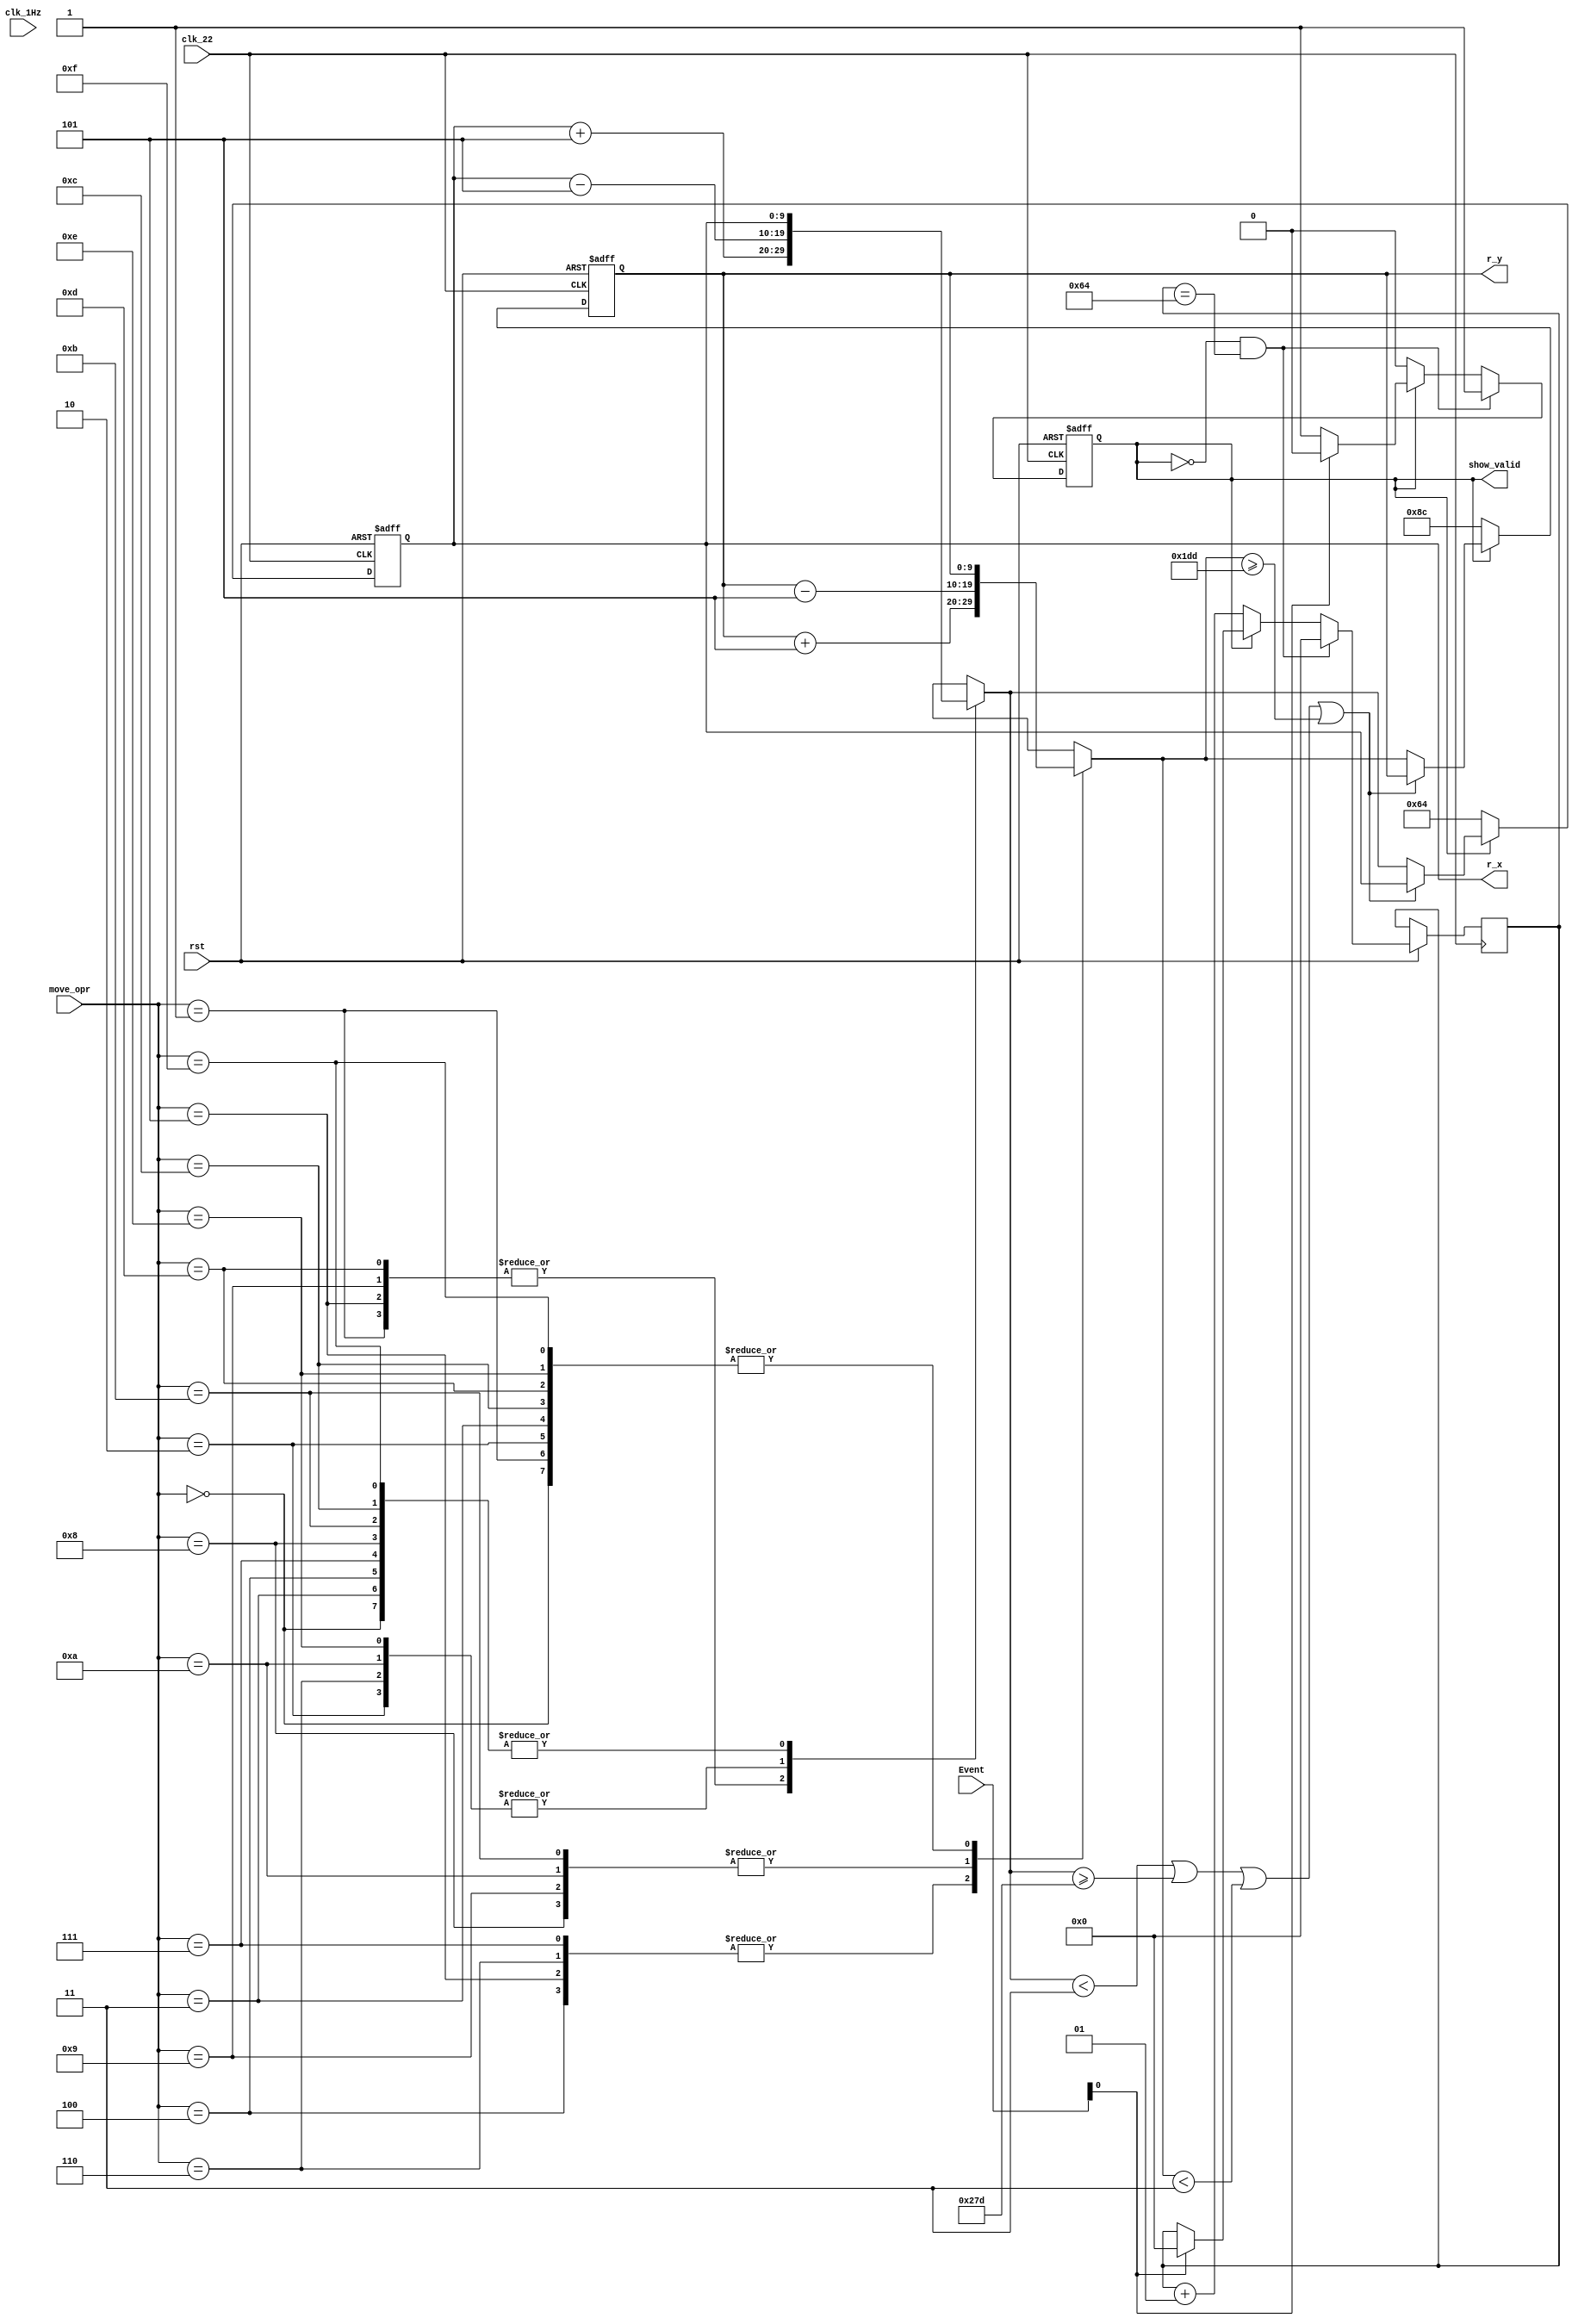
`timescale 1ns / 1ps
//////////////////////////////////////////////////////////////////////////////////
// Company: 
// Engineer: 
// 
// Design Name: 
// Module Name: Dragon_move
// Project Name: 
// Target Devices: 
// Tool Versions: 
// Description: 
// 
// Dependencies: 
// 
// Revision:
// Revision 0.01 - File Created
// Additional Comments:
// 
//////////////////////////////////////////////////////////////////////////////////


module Robot_move(clk_1Hz, clk_22, rst, r_x, r_y, move_opr, show_valid, Event);
input clk_22, clk_1Hz, rst;
input [3:0]move_opr;
input [1:0]Event; // d, r die
output reg [9:0]r_x, r_y; // now poition, with left up
output reg show_valid;

reg alive = 1; // 1: alive, 0: dead 
integer cd_cnt; // 10 sec;
reg reborn_sign;
reg [9:0]tar_x = 10'd80;
reg [9:0]tar_y = 10'd420;
reg [9:0]r_nxt_x, r_nxt_y;

// from right up to down left
always @* begin  
    show_valid = alive;
end

always @*
    case(move_opr) // up, down, left, right
        4'b0000: begin r_nxt_x = r_x; r_nxt_y = r_y; end
        4'b0001: begin r_nxt_x = r_x + 10'd5; r_nxt_y = r_y; end
        4'b0010: begin r_nxt_x = r_x - 10'd5; r_nxt_y = r_y; end
        4'b0011: begin r_nxt_x = r_x; r_nxt_y = r_y; end
        4'b0100: begin r_nxt_x = r_x; r_nxt_y = r_y + 10'd5; end
        4'b0101: begin r_nxt_x = r_x + 10'd5; r_nxt_y = r_y + 10'd5; end
        4'b0110: begin r_nxt_x = r_x - 10'd5; r_nxt_y = r_y + 10'd5; end
        4'b0111: begin r_nxt_x = r_x; r_nxt_y = r_y + 10'd5; end
        4'b1000: begin r_nxt_x = r_x; r_nxt_y = r_y - 10'd5; end
        4'b1001: begin r_nxt_x = r_x + 10'd5; r_nxt_y = r_y - 10'd5; end
        4'b1010: begin r_nxt_x = r_x - 10'd5; r_nxt_y = r_y - 10'd5; end
        4'b1011: begin r_nxt_x = r_x; r_nxt_y = r_y - 10'd5; end
        4'b1100: begin r_nxt_x = r_x; r_nxt_y = r_y; end
        4'b1101: begin r_nxt_x = r_x + 10'd5; r_nxt_y = r_y; end
        4'b1110: begin r_nxt_x = r_x - 10'd5; r_nxt_y = r_y; end
        4'b1111: begin r_nxt_x = r_x; r_nxt_y = r_y; end
        default: begin r_nxt_x = r_x; r_nxt_y = r_y; end
    endcase
    
always @(posedge clk_22 or negedge rst)
    if (~rst) begin
        r_x <= 10'd100; // init poition
        r_y <= 10'd140;
    end else if (~alive) begin // touch board
        r_x <= 10'd100; // back to begin
        r_y <= 10'd140;
    end else if (r_nxt_x < 3 || r_nxt_x >= 637 || r_nxt_y < 3 || r_nxt_y >= 477) begin // touch board
        r_x <= r_x;
        r_y <= r_y;
    end else begin
        r_x <= r_nxt_x;
        r_y <= r_nxt_y;
    end


always @(posedge clk_22 or negedge rst)
    if (~rst)
        alive <= 1;
    else if (~alive && cd_cnt == 100) begin
        alive <= 1;
        cd_cnt <= 0;
    end else if (~alive) begin 
        alive <= 0;
        cd_cnt <= cd_cnt + 1; // rebotrn cnt
    end else if (Event[0]) begin
        alive <= 0;
        cd_cnt <= 0;
    end else begin
        alive <= alive;
        cd_cnt <= cd_cnt;
    end
        

endmodule